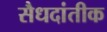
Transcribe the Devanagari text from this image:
सैधदांतीक